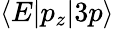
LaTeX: \langle E|p_{z}|3p\rangle